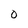
Character: O